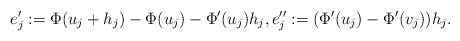
LaTeX: \begin{align*} e_j' := \Phi(u_j + h_j) - \Phi(u_j) - \Phi'(u_j) h_j , e_j'' := (\Phi'(u_j) - \Phi'(v_j)) h_j.\end{align*}